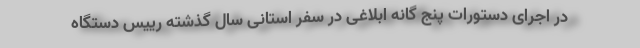
در اجرای دستورات پنج گانه ابلاغی در سفر استانی سال گذشته رییس دستگاه